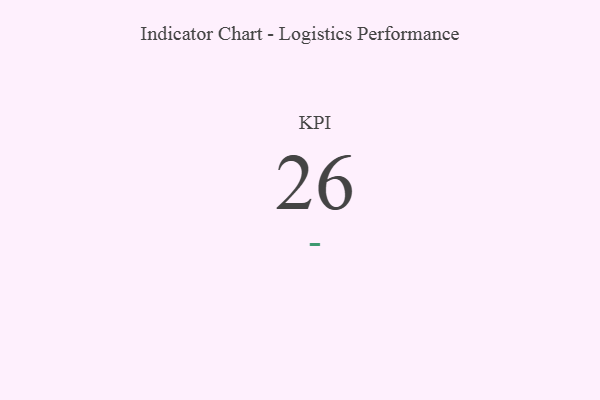
{"axis": {"x": "KPI", "y": "Value"}, "legend": [""], "data": [{"x": "KPI", "y": 26, "type": ""}]}